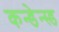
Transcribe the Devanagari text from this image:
कन्डेन्स्ड